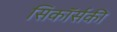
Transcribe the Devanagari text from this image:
सिकॉर्सकी